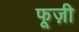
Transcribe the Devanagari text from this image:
फूज़ी